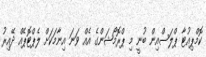
ކޮމްޕިއުޓާ ޕްލަސްއިން ބުނީ މި ޕްރޮމޯޝަންގެ އެއް ވަނަ އިނާމަކަށް ލެޕްޓޮޕެއް ދޭއިރު